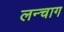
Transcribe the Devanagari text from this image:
लन्चाग